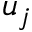
u _ { j }